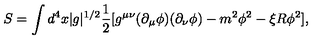
S = \int d ^ { 4 } x | g | ^ { 1 / 2 } \frac { 1 } { 2 } [ g ^ { \mu \nu } ( \partial _ { \mu } \phi ) ( \partial _ { \nu } \phi ) - m ^ { 2 } \phi ^ { 2 } - \xi R \phi ^ { 2 } ] ,